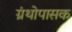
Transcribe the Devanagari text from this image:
ग्रंथोपासक